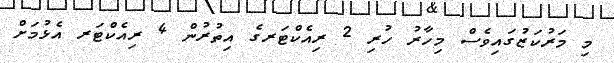
މި މަރުކަޒުގައިވެސް މިހާރު ހުރި 2 ރިއެކްޓަރގެ އިތުރުން 4 ރިއެކްޓަރ އެޅުމަށް